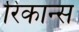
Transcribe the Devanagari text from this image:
रिकान्स